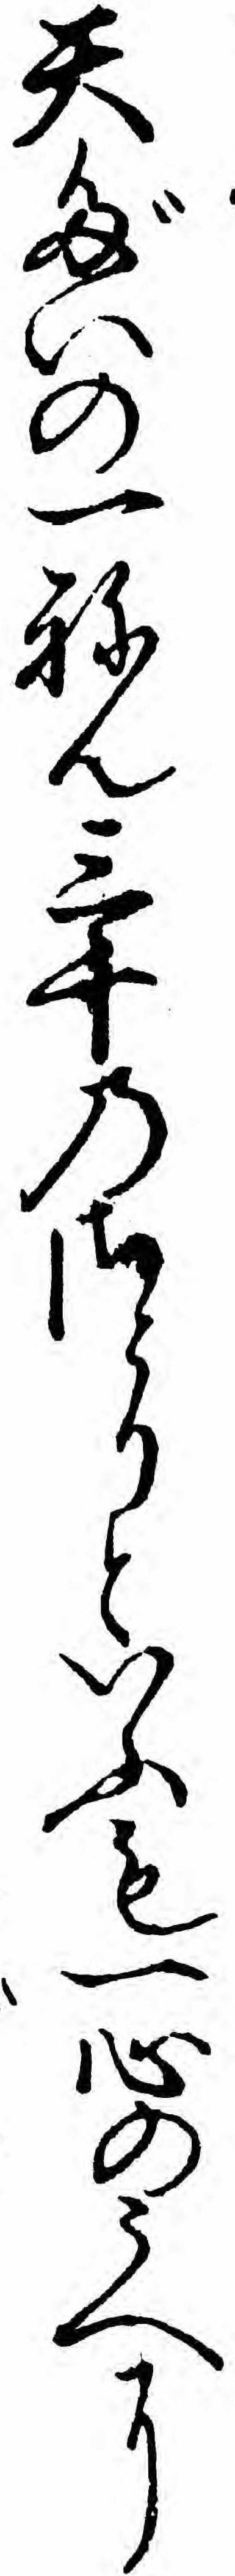
天だいの一ねん三千のさとりといふも一心のうへに